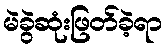
မဲခွဲဆုံးဖြတ်ခဲ့ရာ